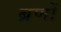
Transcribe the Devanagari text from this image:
ब्रणों